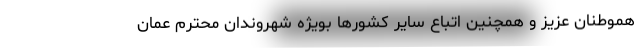
هموطنان عزیز و همچنین اتباع سایر کشورها بویژه شهروندان محترم عمان